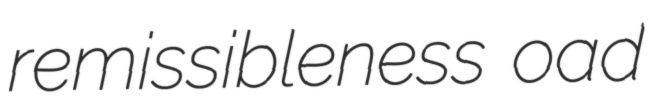
remissibleness oad